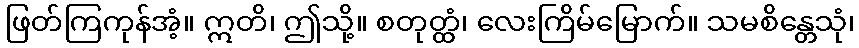
ဖြတ်ကြကုန်အံ့။ ဣတိ၊ ဤသို့။ စတုတ္ထံ၊ လေးကြိမ်မြောက်။ သမစိန္တေသုံ၊